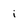
Character: i